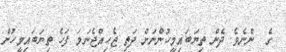
ގެ  ންނެވެ. ދެން ތިޔަބައިމީހުންނަށް ދަތި ޖެހިއްޖެނަމަ ފަހެ ތިޔަބައިމީހުން